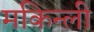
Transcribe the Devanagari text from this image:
मकिन्ली